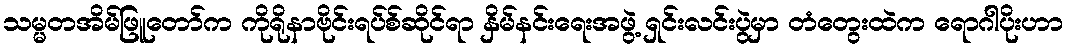
သမ္မတအိမ်ဖြူတော်က ကိုရိုနာဗိုင်းရပ်စ်ဆိုင်ရာ နှိမ်နင်းရေးအဖွဲ့ ရှင်းလင်းပွဲမှာ တံတွေးထဲက ရောဂါပိုးဟာ